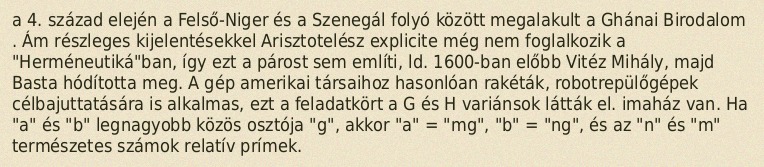
a 4. század elején a Felső-Niger és a Szenegál folyó között megalakult a Ghánai Birodalom . Ám részleges kijelentésekkel Arisztotelész explicite még nem foglalkozik a "Herméneutiká"ban, így ezt a párost sem említi, ld. 1600-ban előbb Vitéz Mihály, majd Basta hódította meg. A gép amerikai társaihoz hasonlóan rakéták, robotrepülőgépek célbajuttatására is alkalmas, ezt a feladatkört a G és H variánsok látták el. imaház van. Ha "a" és "b" legnagyobb közös osztója "g", akkor "a" = "mg", "b" = "ng", és az "n" és "m" természetes számok relatív prímek.